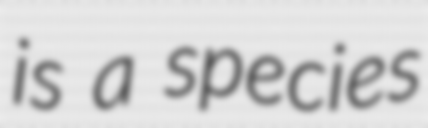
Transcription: is a species